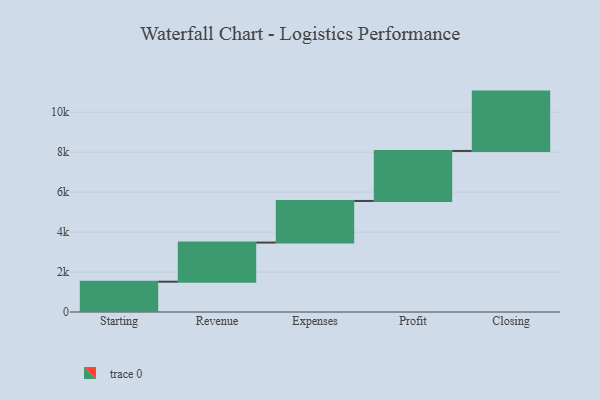
{"axis": {"x": "Step", "y": "Value"}, "legend": [""], "data": [{"x": "Starting", "y": 1517.0, "type": ""}, {"x": "Revenue", "y": 1958.0, "type": ""}, {"x": "Expenses", "y": 2083.0, "type": ""}, {"x": "Profit", "y": 2503.0, "type": ""}, {"x": "Closing", "y": 2971.0, "type": ""}]}